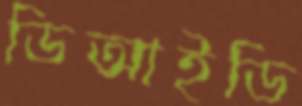
ডিআইডি